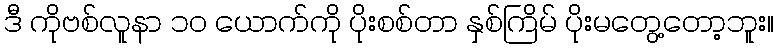
ဒီ ကိုဗစ်လူနာ ၁ဝ ယောက်ကို ပိုးစစ်တာ နှစ်ကြိမ် ပိုးမတွေ့တော့ဘူး။